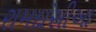
રામદાસીઆ